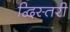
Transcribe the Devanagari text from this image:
द्विस्तरी